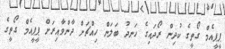
ޕީޕީއެމް ގޯތީގެ ކުދިން ރޯދައިގެ ހަނދު ބަލަން ހިއްޗަށް ދާންވާއިރަށް ޕީޕީއެމް ގޯތީގެ